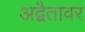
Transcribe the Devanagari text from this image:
अद्वैतावर